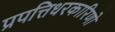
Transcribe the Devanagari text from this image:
प्रपत्तिधरकारिणो